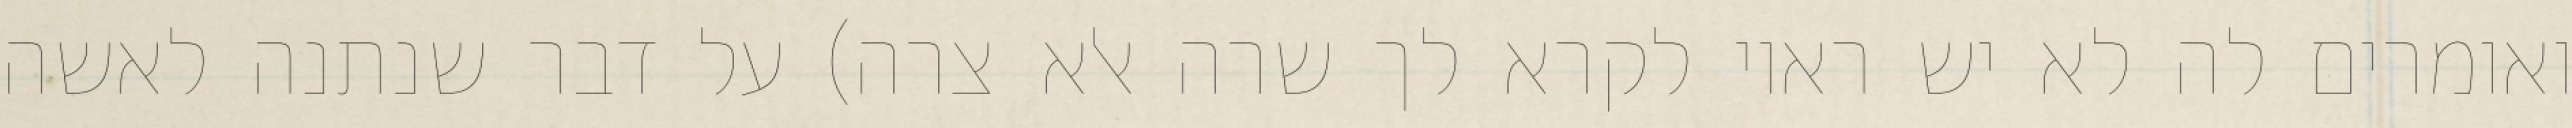
ואומרים לה לא יש ראוי לקרא לך שרה אלא צרה) על דבר שנתנה לאשה